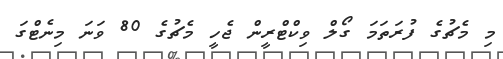
މި މެޗުގެ ފުރަތަމަ ގޯލް ވިކްޓްރީން ޖެހީ މެޗުގެ 80 ވަނަ މިނެޓްގަ